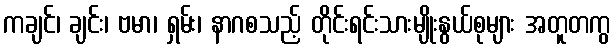
ကချင်၊ ချင်း၊ ဗမာ၊ ရှမ်း၊ နာဂစသည့် တိုင်းရင်းသားမျိုးနွယ်စုများ အတူတကွ